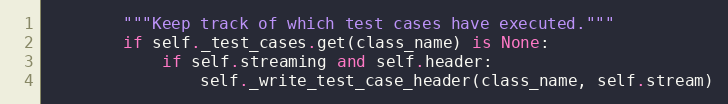
Language: Python
        """Keep track of which test cases have executed."""
        if self._test_cases.get(class_name) is None:
            if self.streaming and self.header:
                self._write_test_case_header(class_name, self.stream)